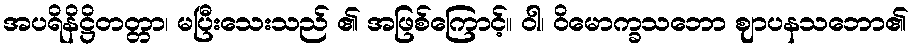
အပရိနိဋ္ဌိတတ္တာ၊ မပြီးသေးသည် ၏ အဖြစ်ကြောင့်။ ဝါ၊ ဝိမောက္ခသဘော ဈာပနသဘော၏